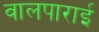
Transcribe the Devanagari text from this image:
वालपाराई